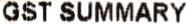
GST SUMMARY